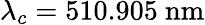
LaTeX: \lambda_{c}=510.905~\mathrm{nm}